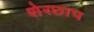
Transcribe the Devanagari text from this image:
शेरछाप